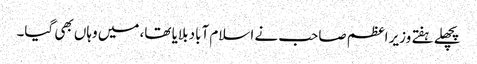
پچھلے ہفتے وزیر اعظم صاحب نے اسلام آباد بلایا تھا، میں وہاں بھی گیا۔